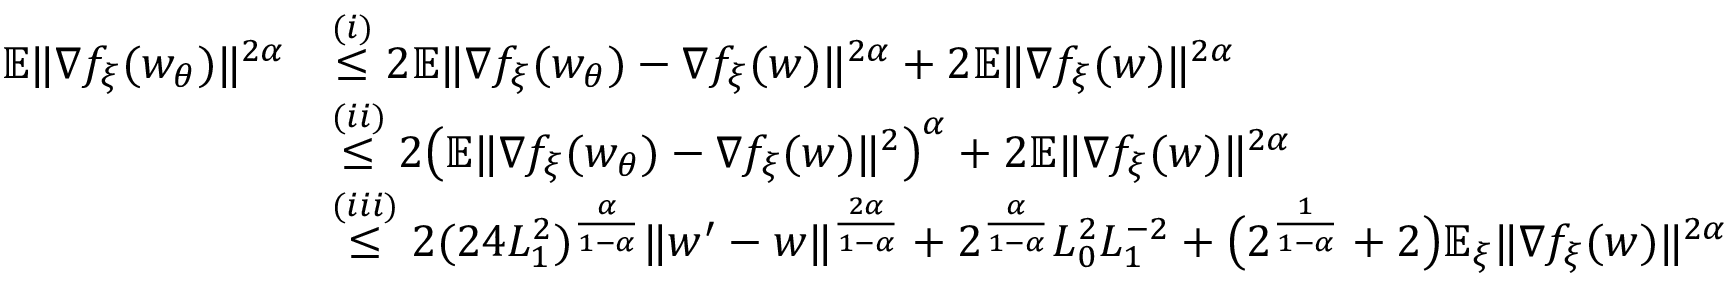
\begin{array} { r l } { \mathbb { E } \| \nabla f _ { \xi } ( w _ { \theta } ) \| ^ { 2 \alpha } } & { \overset { ( i ) } { \le } 2 \mathbb { E } \| \nabla f _ { \xi } ( w _ { \theta } ) - \nabla f _ { \xi } ( w ) \| ^ { 2 \alpha } + 2 \mathbb { E } \| \nabla f _ { \xi } ( w ) \| ^ { 2 \alpha } } \\ & { \overset { ( i i ) } { \le } 2 \big ( \mathbb { E } \| \nabla f _ { \xi } ( w _ { \theta } ) - \nabla f _ { \xi } ( w ) \| ^ { 2 } \big ) ^ { \alpha } + 2 \mathbb { E } \| \nabla f _ { \xi } ( w ) \| ^ { 2 \alpha } } \\ & { \overset { ( i i i ) } { \le } 2 ( 2 4 L _ { 1 } ^ { 2 } ) ^ { \frac { \alpha } { 1 - \alpha } } \| w ^ { \prime } - w \| ^ { \frac { 2 \alpha } { 1 - \alpha } } + 2 ^ { \frac { \alpha } { 1 - \alpha } } L _ { 0 } ^ { 2 } L _ { 1 } ^ { - 2 } + \big ( 2 ^ { \frac { 1 } { 1 - \alpha } } + 2 \big ) \mathbb { E } _ { \xi } \| \nabla f _ { \xi } ( w ) \| ^ { 2 \alpha } } \end{array}